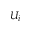
U _ { i }